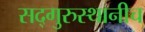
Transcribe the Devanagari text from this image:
सद्‌गुरुस्थानीच